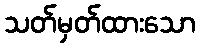
သတ်မှတ်ထားသော